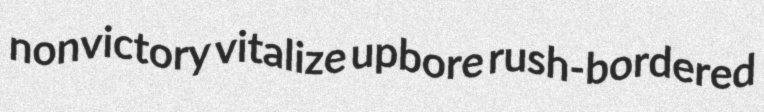
nonvictory vitalize upbore rush-bordered